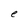
Character: e